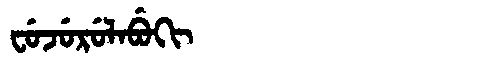
Manchu: ᠸᡠᠵᡠᡵᡠᠯᠠᠪᡠᡴᡳ
Romanization: FUJURULABUKI